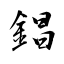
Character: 錩